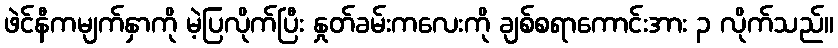
ဖဲင်နီကမျက်နှာကို မဲ့ပြလိုက်ပြီး နှုတ်ခမ်းကလေးကို ချစ်စရာကောင်းအား ၃ လိုက်သည်။